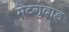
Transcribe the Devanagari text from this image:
मेटगुदाड